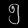
Digit: ၅